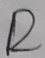
Text: R